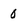
Character: o